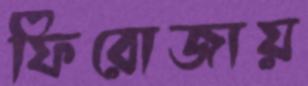
ফিরোজায়